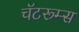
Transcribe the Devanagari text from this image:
चॅटरूम्स